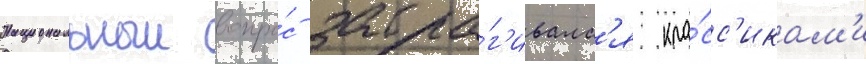
Национальныи вопро́с затра́г'ивалс'я кла́сс'икам'и